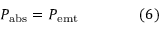
P _ { \mathrm { { a b s } } } = P _ { \mathrm { { e m t } } } \qquad \qquad ( 6 )